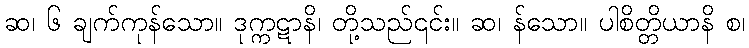
ဆ၊ ၆ ချက်ကုန်သော။ ဒုက္ကဋာနိ၊ တို့သည်၎င်း။ ဆ၊ န်သော။ ပါစိတ္တိယာနိ စ၊